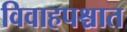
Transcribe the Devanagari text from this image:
विवाहपश्चात